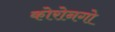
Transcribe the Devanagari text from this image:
कोरोनगो